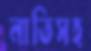
নাতিসহ